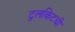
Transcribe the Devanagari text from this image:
टुलकिटची